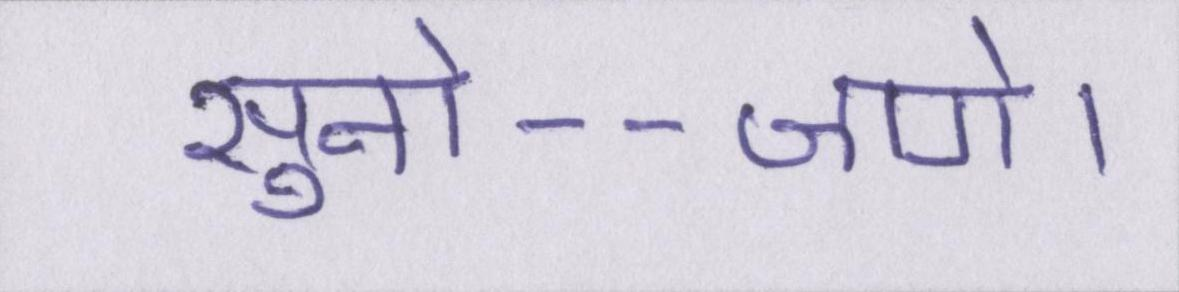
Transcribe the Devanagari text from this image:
सुनो--जागे।